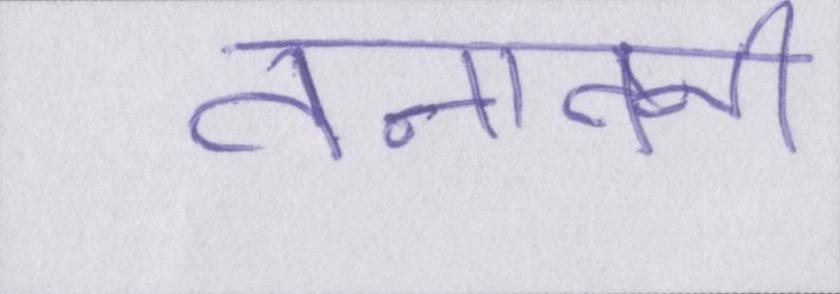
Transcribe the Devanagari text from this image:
तनातनी